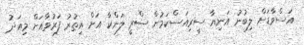
އަސްވާޑަށް ލިބުނު އަނިޔާ ސީރިއަސްކަމުން ސްރީ ލަންކާ އަށް އިތުރު ފަރުވާއަށް މިއަދު